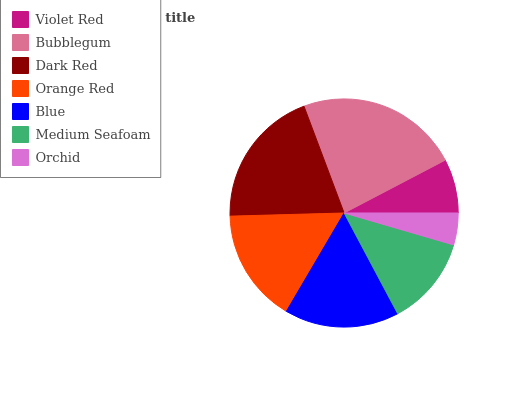
| Violet Red | Bubblegum | Dark Red | Orange Red | Blue | Medium Seafoam | Orchid |
 | --- | --- | --- | --- | --- | --- | --- |
 | 7.67% | 23.1% | 19.7% | 16.1% | 16.2% | 12.7% | 4.52% |